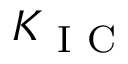
K _ { \mathrm { ~ I ~ C ~ } }